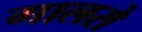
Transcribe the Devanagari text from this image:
मालसे